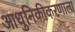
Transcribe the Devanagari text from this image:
आधुनिकीकरणाला